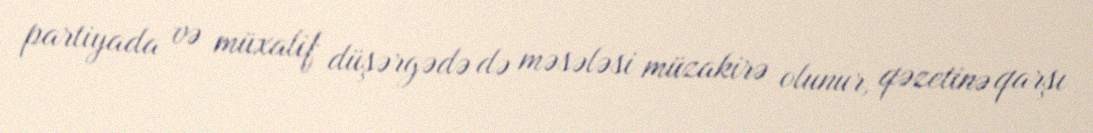
partiyada və müxalif düşərgədə də məsələsi müzakirə olunur, qəzetinə qarşı